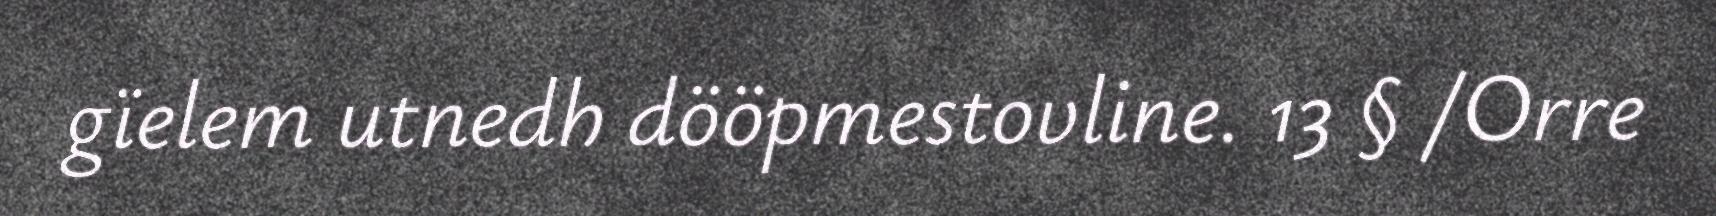
gïelem utnedh dööpmestovline. 13 § /Orre